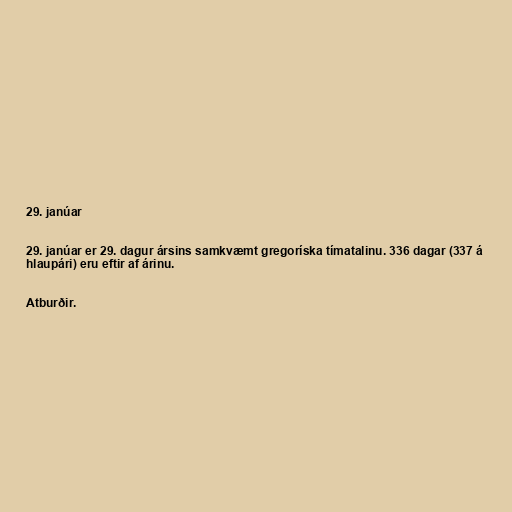
29. janúar

29. janúar er 29. dagur ársins samkvæmt gregoríska tímatalinu. 336 dagar (337 á
hlaupári) eru eftir af árinu.

Atburðir.